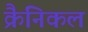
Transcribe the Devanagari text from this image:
क्रैनिकल